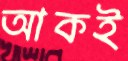
আকই